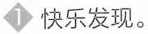
1 快乐发现。